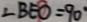
\angle B E O = 9 0 ^ { \circ }